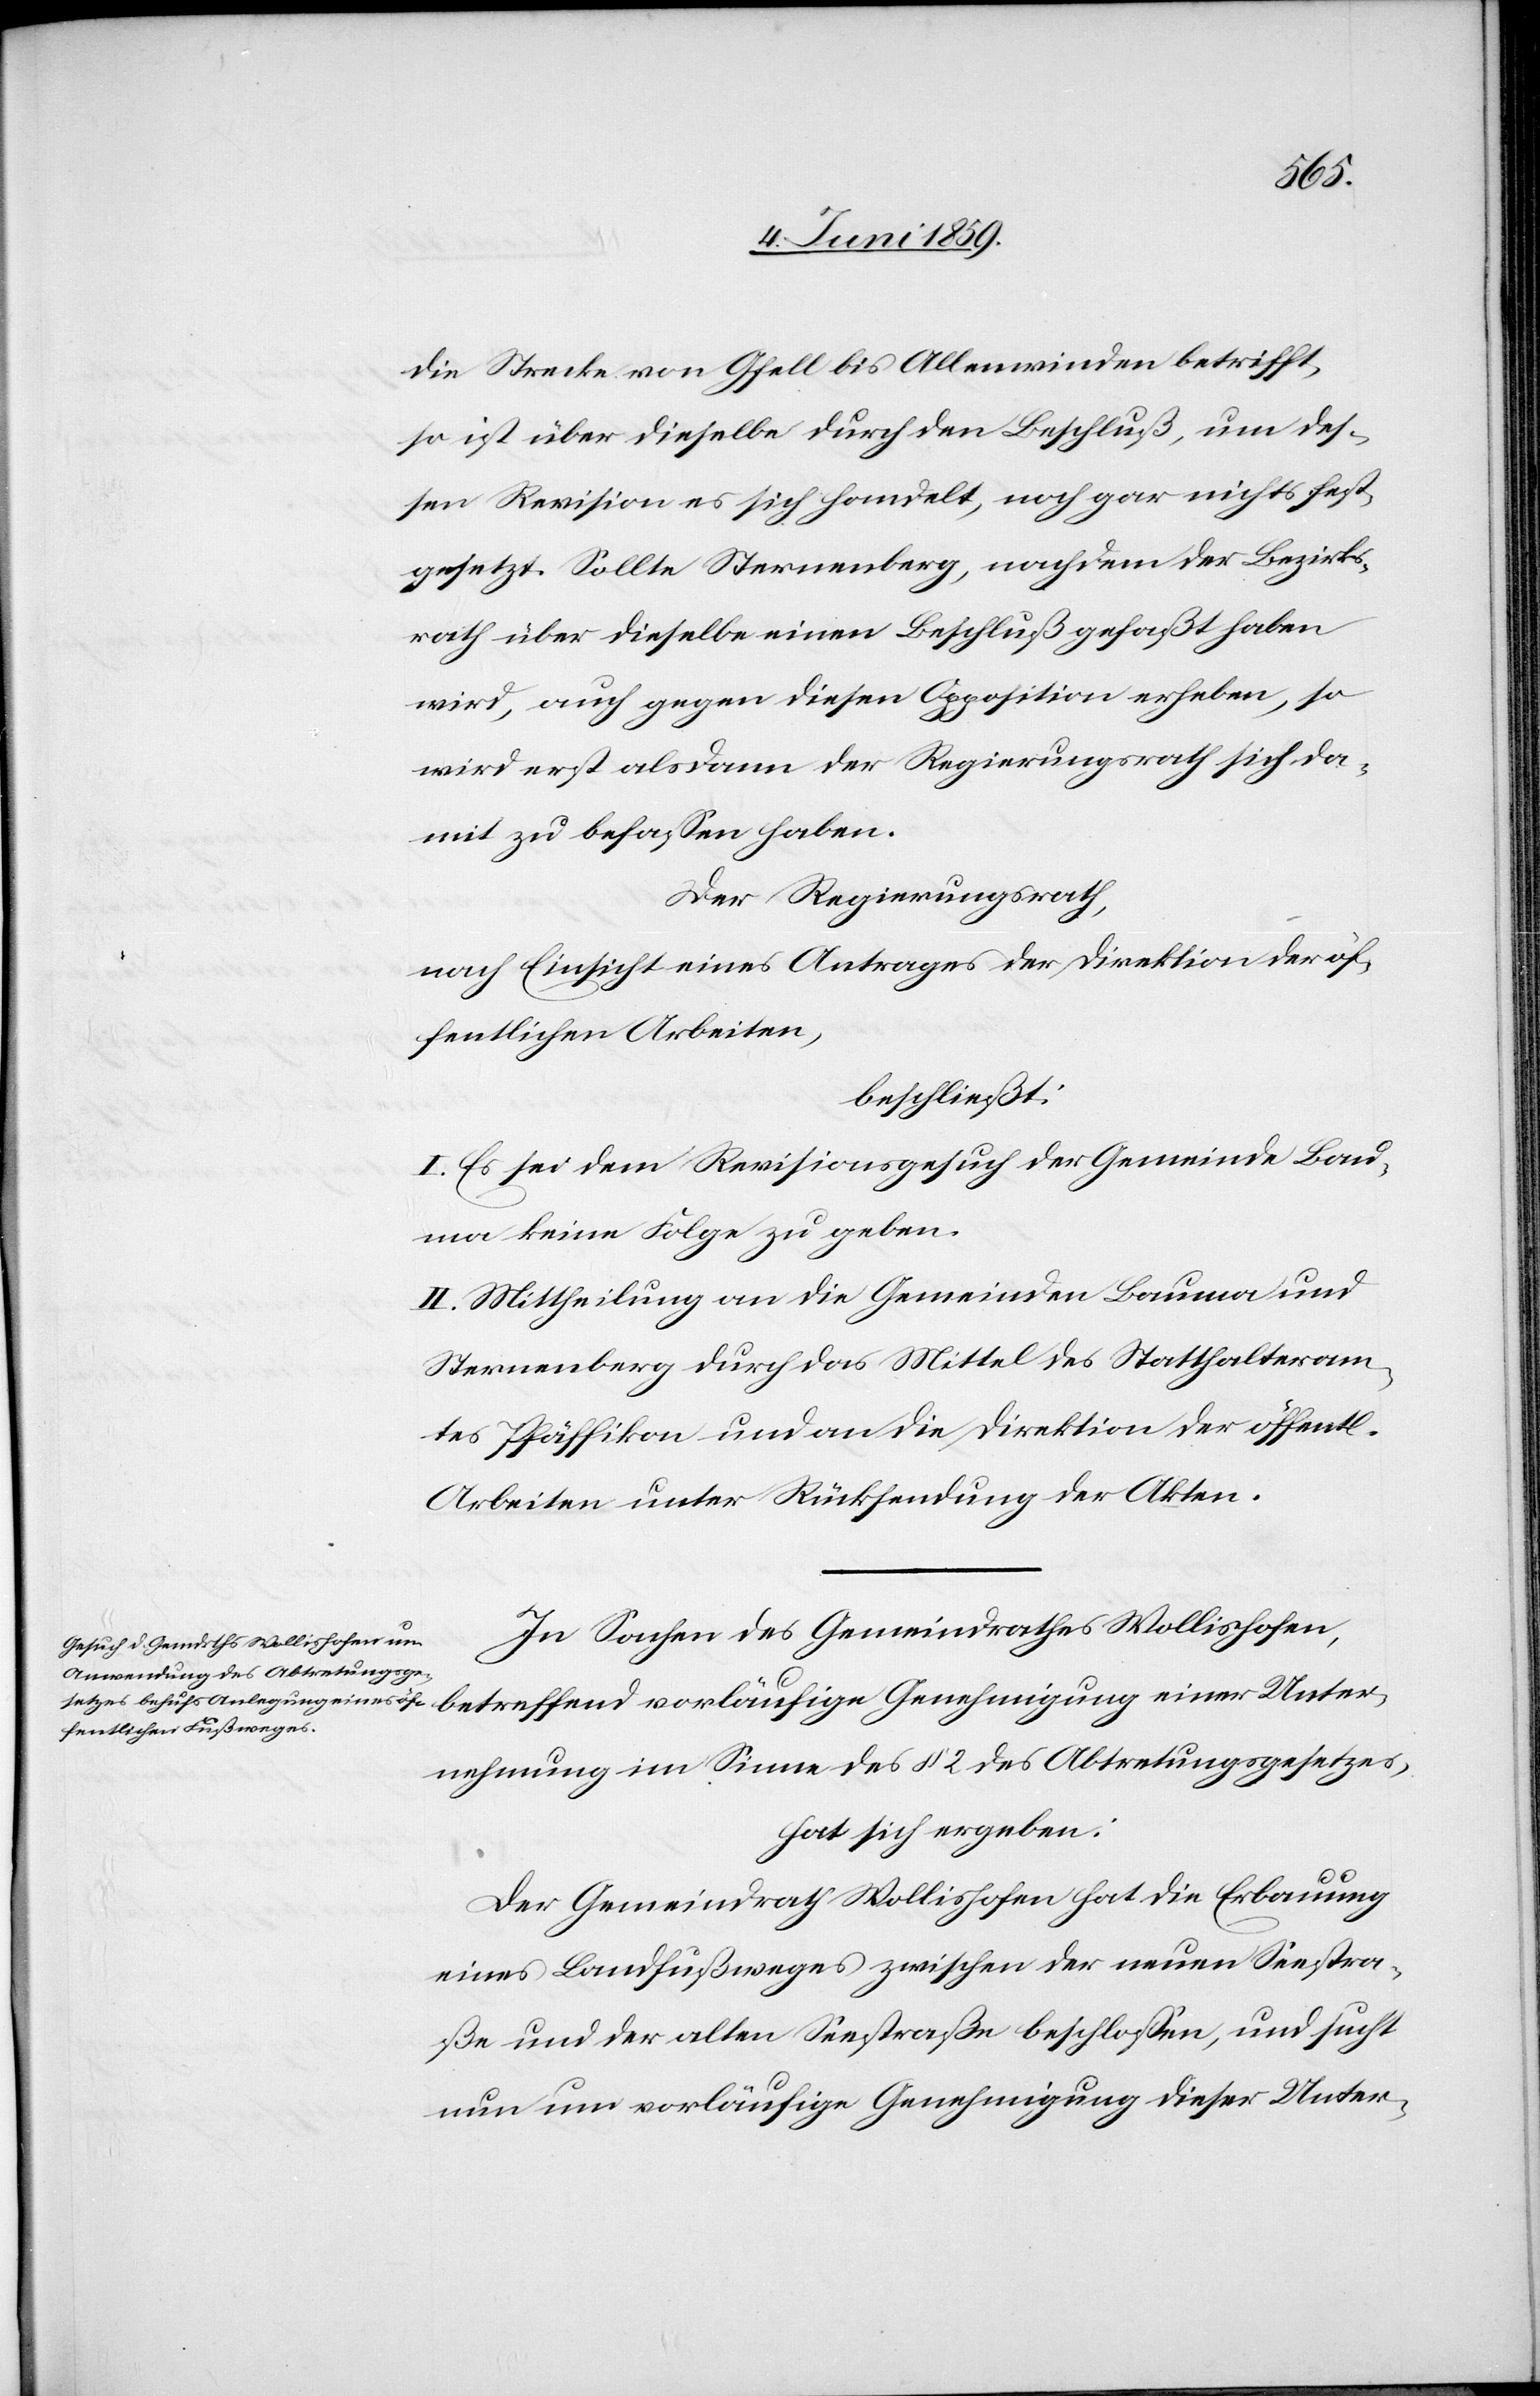
die Strecke von Gfell bis Allenwinden betrifft,
so ist über dieselbe durch den Beschluß, um des¬
sen Revision es sich handelt, noch gar nichts fest¬
gesetzt. Sollte Sternenberg, nachdem der Bezirks¬
rath über dieselbe einen Beschluß gefaßt haben
wird, auch gegen diesen Opposition erheben, so
wird erst alsdann der Regierungsrath sich da¬
mit zu befassen haben.
Der Regierungsrath,
nach Einsicht eines Antrages der Direktion der öf¬
fentlichen Arbeiten,
beschliesst:
I. Es sei dem Revisionsgesuch der Gemeinde Bau¬
ma keine Folge zu geben.
II. Mittheilung an die Gemeinden Bauma und
Sternenberg durch das Mittel des Statthalteram¬
tes Pfäffikon und an die Direktion der öffentl.
Arbeiten unter Rücksendung der Akten.
In Sachen des Gemeindrathes Wollishofen,
betreffend vorläufige Genehmigung einer Unter¬
nehmung im Sinne des § 2 des Abtretungsgesetzes,
hat sich ergeben:
Der Gemeindrath Wollishofen hat die Erbauung
eines Landfußweges zwischen der neuen Seestra¬
ße und der alten Seestraße beschlossen, und sucht
nun um vorläufige Genehmigung dieser Unter-